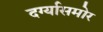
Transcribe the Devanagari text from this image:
दर्ग्यासमोर